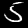
Label: 5